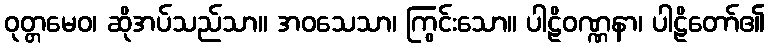
ဝုတ္တမေဝ၊ ဆိုအပ်သည်သာ။ အဝသေသာ၊ ကြွင်းသော။ ပါဠိဝဏ္ဏနာ၊ ပါဠိတော်၏